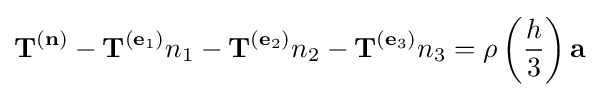
\mathbf {T} ^{(\mathbf {n} )}-\mathbf {T} ^{(\mathbf {e} _{1})}n_{1}-\mathbf {T} ^{(\mathbf {e} _{2})}n_{2}-\mathbf {T} ^{(\mathbf {e} _{3})}n_{3}=\rho \left({\frac {h}{3}}\right)\mathbf {a}